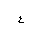
Letter: _ayn